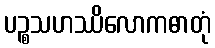
ပဉ္စသဟဿိလောကဓာတုံ